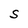
Character: S